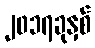
၂၀၁၇ခုနှစ်